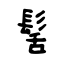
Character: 髺